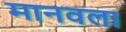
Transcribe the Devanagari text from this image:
मानवला